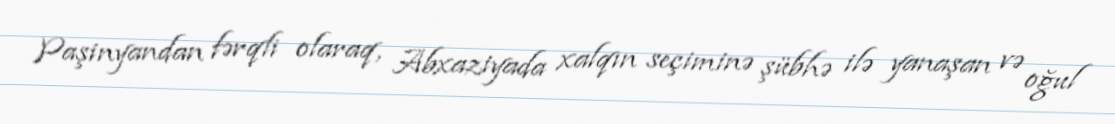
Paşinyandan fərqli olaraq, Abxaziyada xalqın seçiminə şübhə ilə yanaşan və oğul